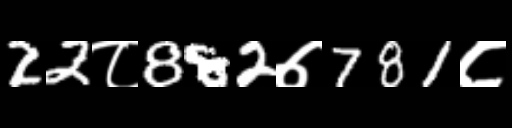
Text: 22८882७781८